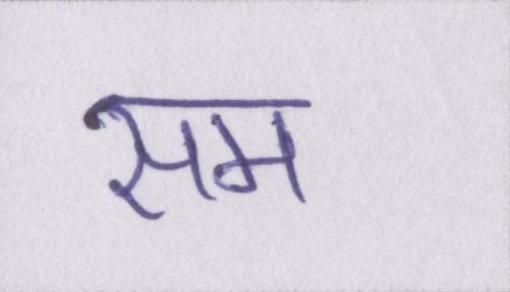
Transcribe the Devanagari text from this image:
सम